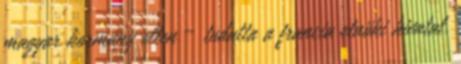
magyar kormány ellen – tudatta a francia elnöki hivatal.